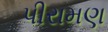
પીરામણ